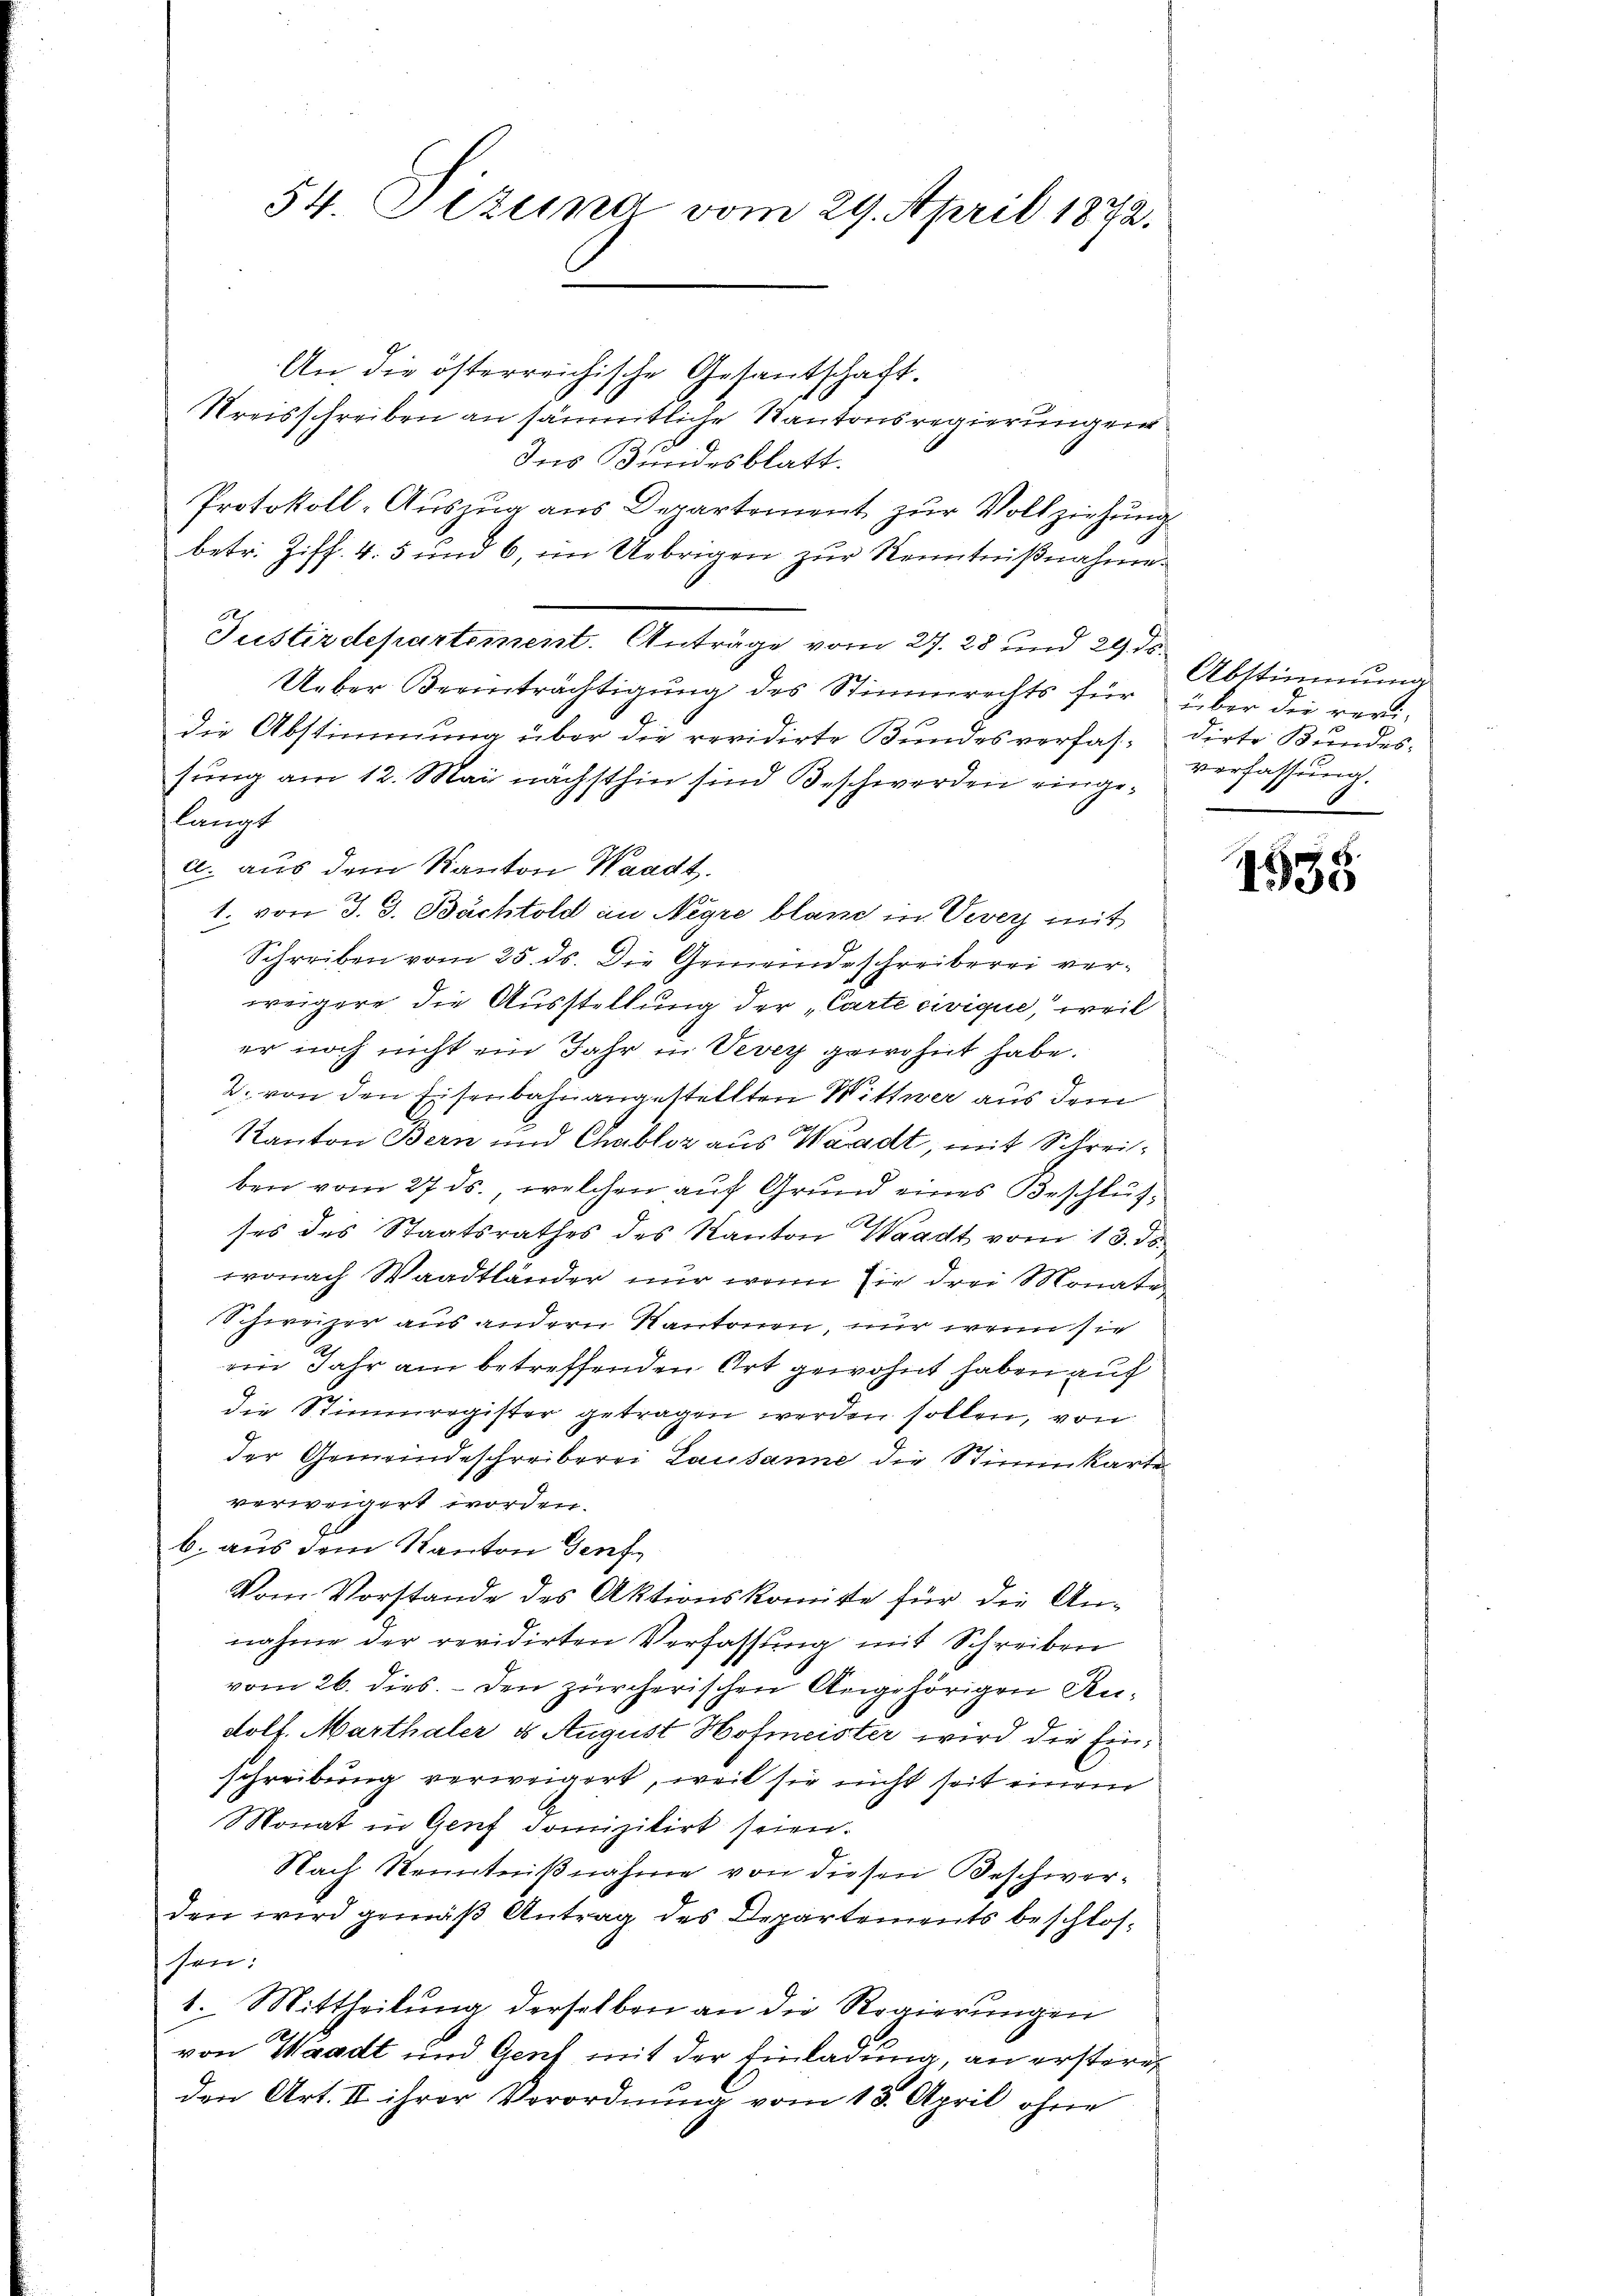
An die österreichische Gesantschaft.
Kreisschreiben an sämmtliche Kantonsregierungen
Ins Bundesblatt.
Protokoll-Auszug aus Departement zur Vollziehung
betr. Ziff. 4. 5 und 6, im Uebrigen zur Kenntnißnahme.
Ueber Beanträchtigung des Stimmrechts für über die revi-
die Abstimmung über die revidirte Bundesverfassung am 12. Mai nächsthin sind Beschwerden eingelangt
a. aus dem Kanton Waadt.
1. von J. J. Bachtold in Negre blane in Vevey mit
Schreiben vom 25. ds. Die Gemeindeschreiberei verweigere die Ausstellung der „Carte civique, weil
er noch nicht ein Jahr in Vevey gewohnt habe.
2. von den Eisenbahnangestellten Wittwer aus dem
Kanton Bern und Chabloz aus Waadt, mit Schreiben vom 27. ds., welchen auf Grund eines Beschlusses des Staatsrathes des Kanton Waadt vom 13. ds.
wonach Waadtländer nur wenn sie drei Monate
Schweizer aus andern Kantonen, nur wenn sie
ein Jahr am betreffenden Ort gewohnt haben auf
die Stimmregister getragen werden sollen, von
der Gemeindeschreiberei Lausanne die Stimmkarte
verweigert worden.
b. aus dem Kanton Genfe
Vom Vorstande des Aktionskomisse für die Annahme der revidirten Verfassung mit Schreiben
vom 26. dies. Den zürcherischen Angehörigen Andolf. Marthaler ds August Hofmeister wird die Einschreibung verweigert, weil sie nicht seit einem
Monat in Genf domizilirt seien.
Nach Kenntnißnahme von diesen Beschwerden wird gemäß Antrag des Departements beschlossen:
1. Mittheilung derselben an die Regierungen
von Waadt und Genf mit der Einladung, an erstere
den Art. II. ihrer Verordnung vom 18. April ohne

54. Setung vom 29. April 1872.

Justizdepartement. Anträge vom 27. 28 und 29. ds.

Abstimmung
dirte Bundes-
verfassung.

x
1530